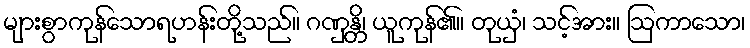
များစွာကုန်သောရဟန်းတို့သည်။ ဂဏှန္တိ၊ ယူကုန်၏။ တုယှံ၊ သင့်အား။ ဩကာသော၊